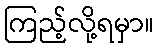
ကြည့်လို့ရမှာ။